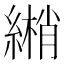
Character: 𦄏